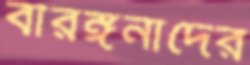
বীরঙ্গনাদের